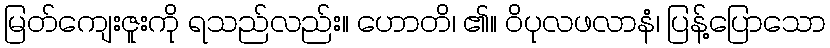
မြတ်ကျေးဇူးကို ရသည်လည်း။ ဟောတိ၊ ၏။ ဝိပုလဖလာနံ၊ ပြန့်ပြောသော